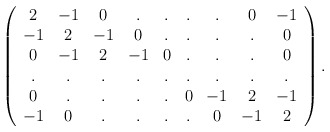
\begin{align*}\left(\begin{array}{ccccccccc}2 & -1 & 0 & . & . & . & . & 0 & -1 \\-1 & 2 & -1 & 0 & . & . & . & . & 0 \\0 & -1 & 2 &-1 & 0 & . & . & . & 0 \\. & . & . & . & . & . & . & . & . \\0 & . & . & . & . & 0 & -1& 2 & -1 \\-1 & 0 & . & . & . & . & 0 & -1 & 2 \end{array}\right). \end{align*}